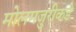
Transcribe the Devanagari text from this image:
मोलमजुरीकडे